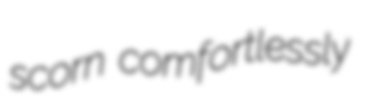
scorn comfortlessly